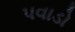
પવાડો